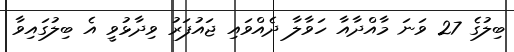
ބިލުގެ 27 ވަނަ މާއްދާއާ ހަވާލާ ދެއްވައި ޖައުފަރު ވިދާޅުވީ އެ ބިލުގައިވާ